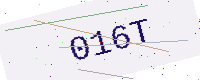
Text: 016T